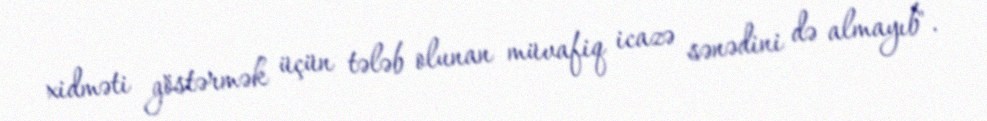
xidməti göstərmək üçün tələb olunan müvafiq icazə sənədini də almayıb".